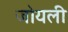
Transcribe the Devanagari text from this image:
जोयली